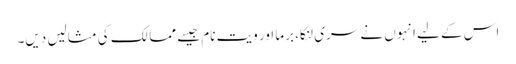
اس کے لیے انہوں نے سری لنکا، برما اور ویت نام جیسے ممالک کی مثالیں دیں۔